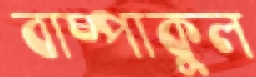
বাষ্পাকুল